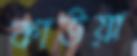
কাউয়া